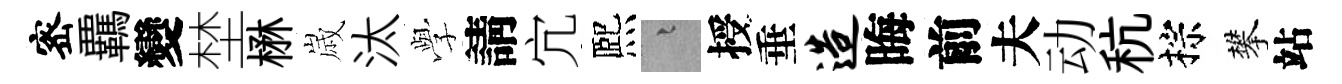
宻覊變埜楙𡻕汰𫝯請宂熈融授垂造晦前夫动秔棕攀站